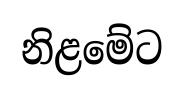
නිළමේට